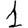
Digit: 1